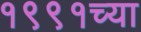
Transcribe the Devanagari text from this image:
१९९१च्या